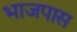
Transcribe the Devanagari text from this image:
भाजपास